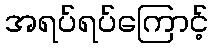
အရပ်ရပ်ကြောင့်